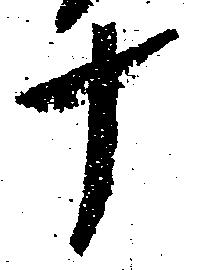
十